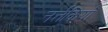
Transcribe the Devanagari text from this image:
नर्त्तकियाँ